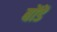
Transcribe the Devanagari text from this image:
बोंडें